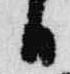
日